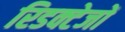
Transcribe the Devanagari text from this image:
रिडक्टेजों